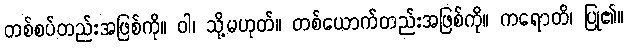
တစ်စပ်တည်းအဖြစ်ကို။ ဝါ၊ သို့မဟုတ်။ တစ်ယောက်တည်းအဖြစ်ကို။ ကရောတိ၊ ပြု၏။